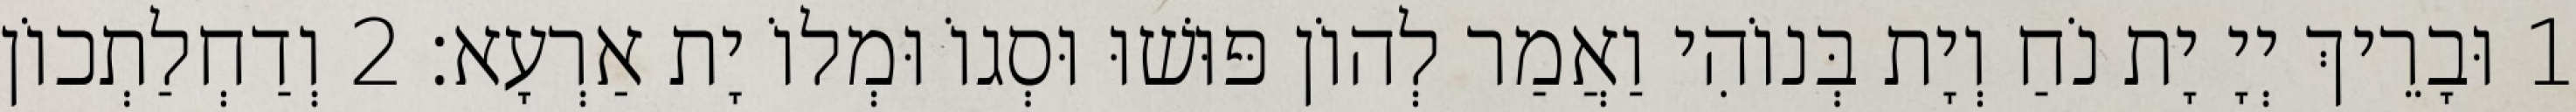
1 וּבָרֵיךְ יְיָ יָת נֹחַ וְיָת בְּנוֹהִי וַאֲמַר לְהוֹן פּוּשׁוּ וּסְגוֹ וּמְלוֹ יָת אַרְעָא׃ 2 וְדַחְלַתְכוֹן